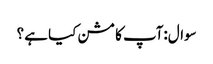
سوال:آپ کا مشن کیا ہے ؟